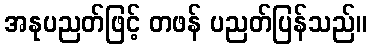
အနုပညတ်ဖြင့် တဖန် ပညတ်ပြန်သည်။